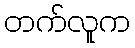
တက်လူက